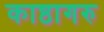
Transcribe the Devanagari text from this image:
काष्ठागरु